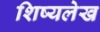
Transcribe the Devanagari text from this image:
शिष्यलेख